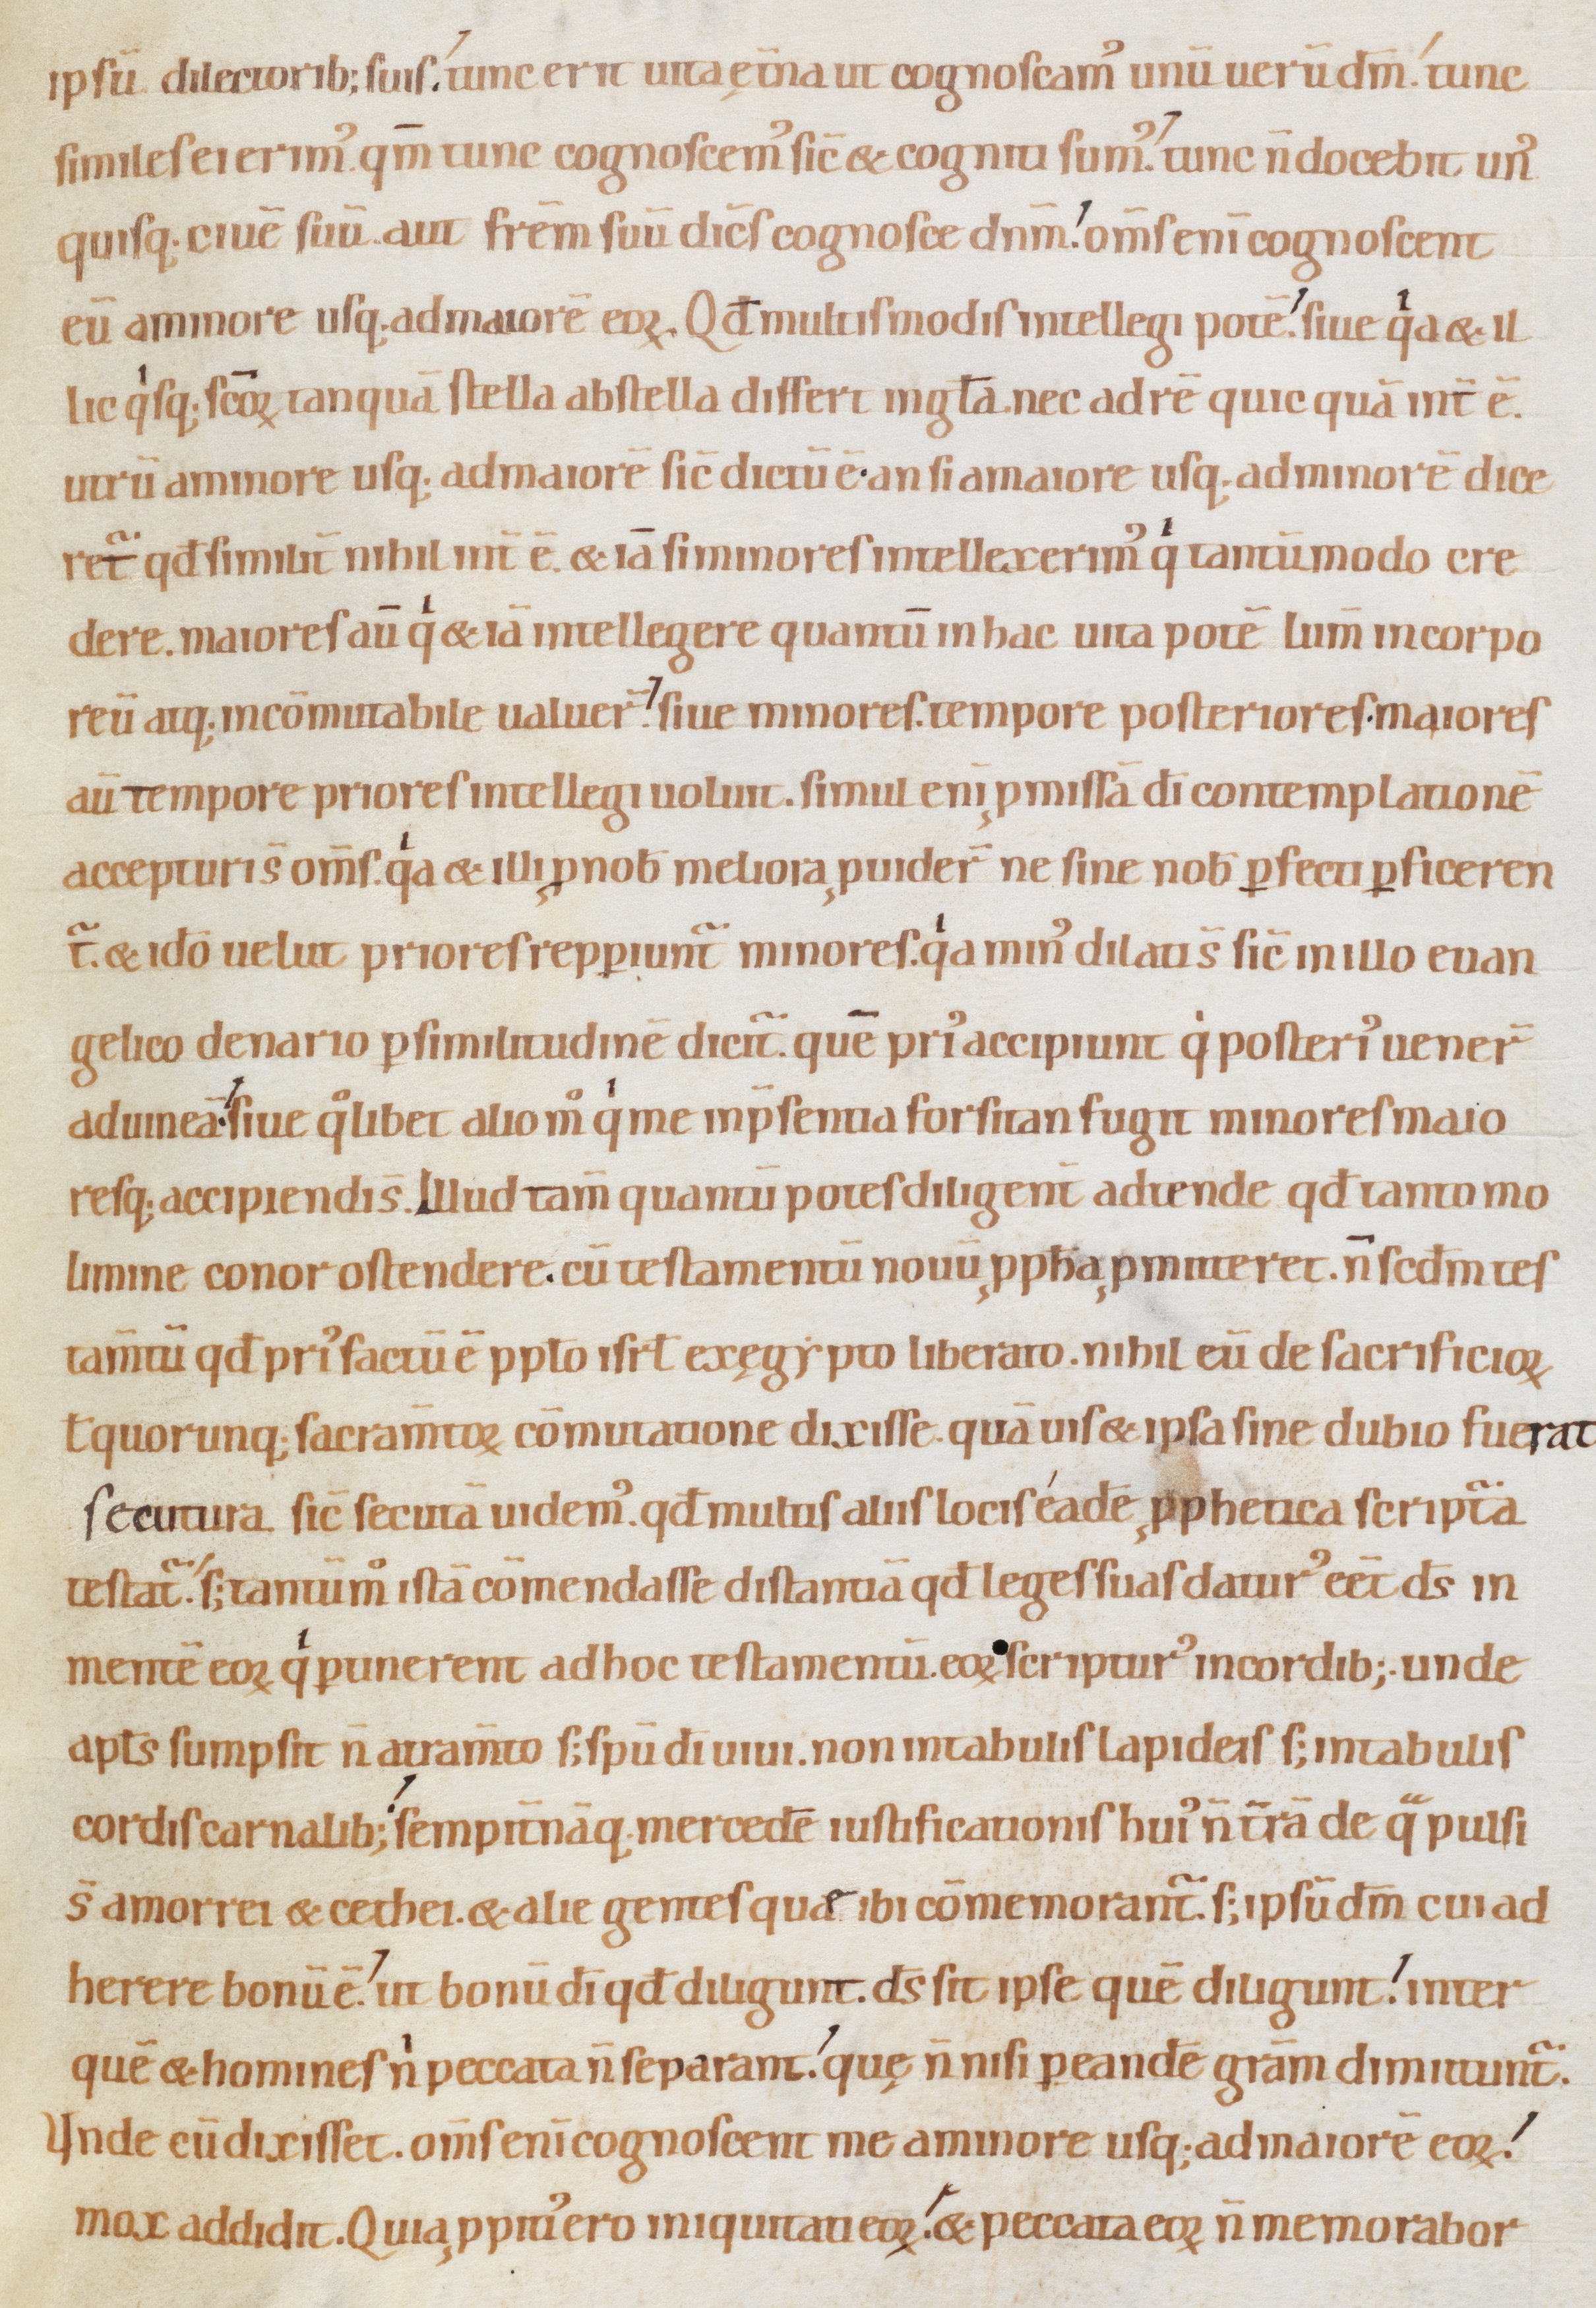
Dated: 1080–1096